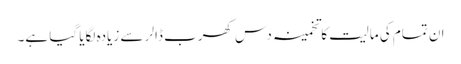
ان تمام کی مالیت کا تخمینہ دس کھرب ڈالر سے زیادہ لگایا گیا ہے۔